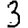
Digit: 3